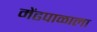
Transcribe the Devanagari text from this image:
मेंढपाळाला